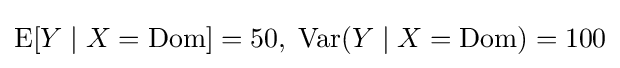
\operatorname {E} [Y\mid X={\text{Dom}}]=50,\;\operatorname {Var} (Y\mid X={\text{Dom}})=100